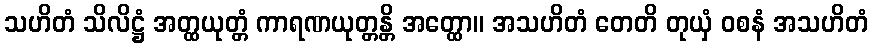
သဟိတံ သိလိဋ္ဌံ အတ္ထယုတ္တံ ကာရဏယုတ္တန္တိ အတ္ထော။ အသဟိတံ တေတိ တုယှံ ဝစနံ အသဟိတံ